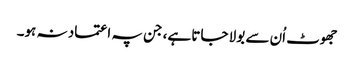
جھوٹ اُن سے بولا جاتا ہے، جن پہ اعتماد نہ ہو۔